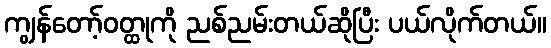
ကျွန်တော့်ဝတ္ထုကို ညစ်ညမ်းတယ်ဆိုပြီး ပယ်လိုက်တယ်။